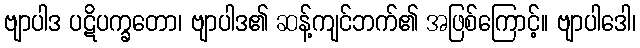
ဗျာပါဒ ပဋိပက္ခတော၊ ဗျာပါဒ၏ ဆန့်ကျင်ဘက်၏ အဖြစ်ကြောင့်။ ဗျာပါဒေါ၊